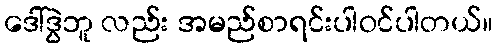
ဒေါ်ဒွဲဘူ လည်း အမည်စာရင်းပါဝင်ပါတယ်။